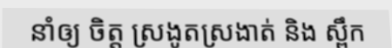
នាំឲ្យ ចិត្ត ស្រងូតស្រងាត់ និង ស្ពឹក